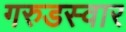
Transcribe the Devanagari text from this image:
गरुडस्वार